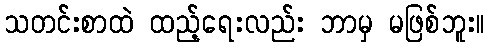
သတင်းစာထဲ ထည့်ရေးလည်း ဘာမှ မဖြစ်ဘူး။